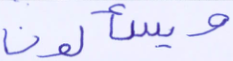
ويسألون